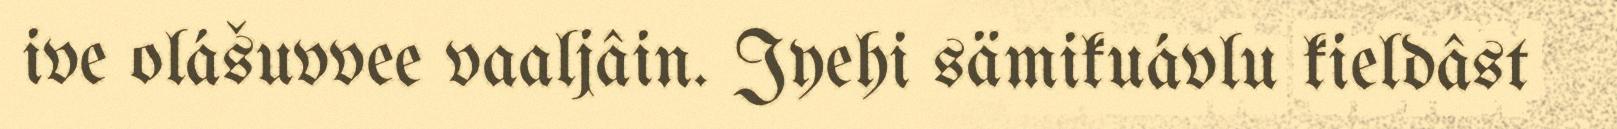
ive olášuvvee vaaljâin. Jyehi sämikuávlu kieldâst